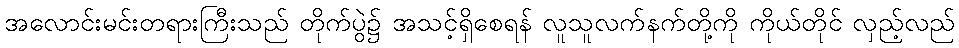
အလောင်းမင်းတရားကြီးသည် တိုက်ပွဲ၌ အသင့်ရှိစေရန် လူသူလက်နက်တို့ကို ကိုယ်တိုင် လှည့်လည်